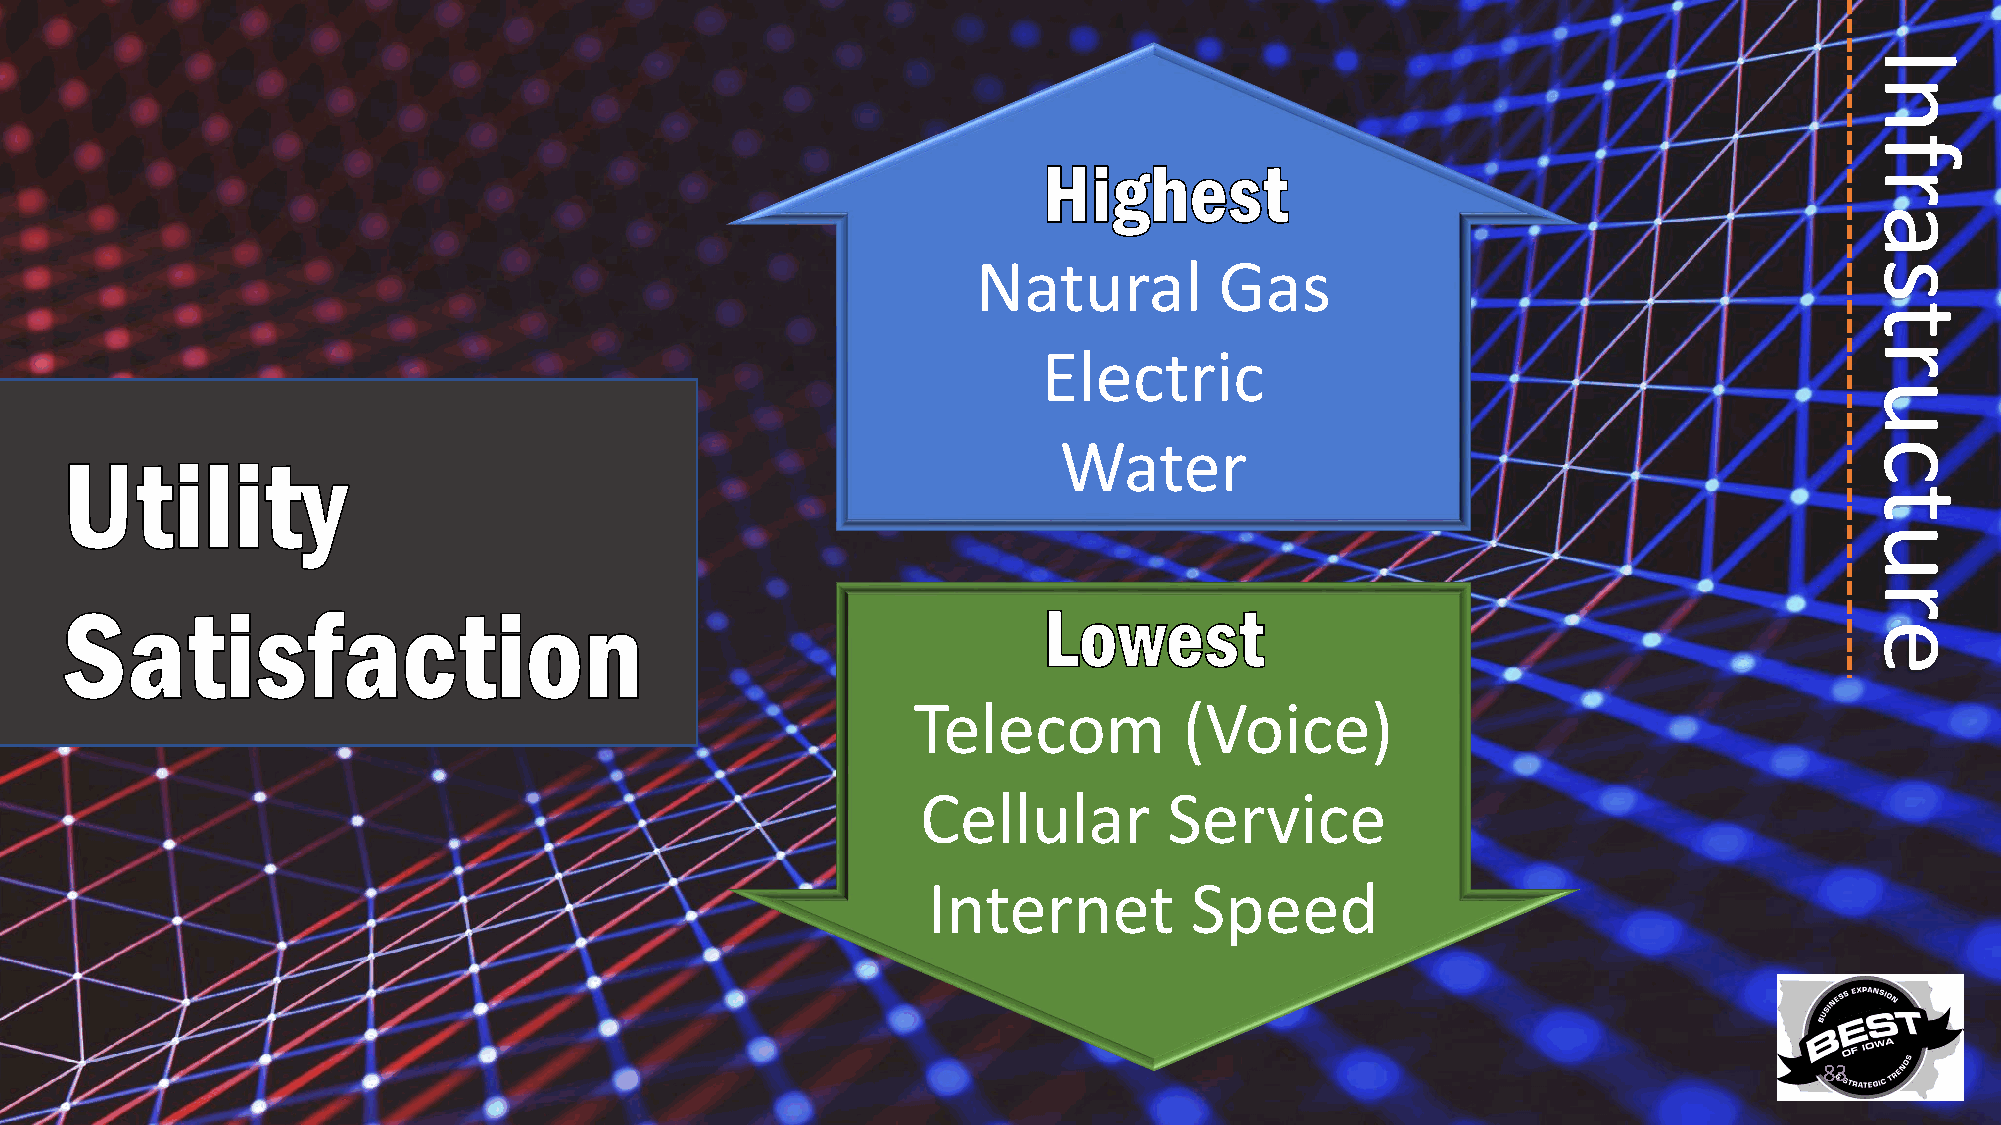
Natural         Gas
 Electric
 Water
 Telecom           (Voice)
 Cellular        Service
 Internet          Speed
 83
 Infrastructure